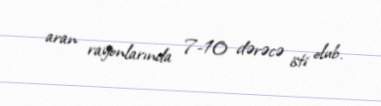
aran rayonlarında 7-10 dərəcə isti olub.